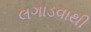
લગાડવાથી